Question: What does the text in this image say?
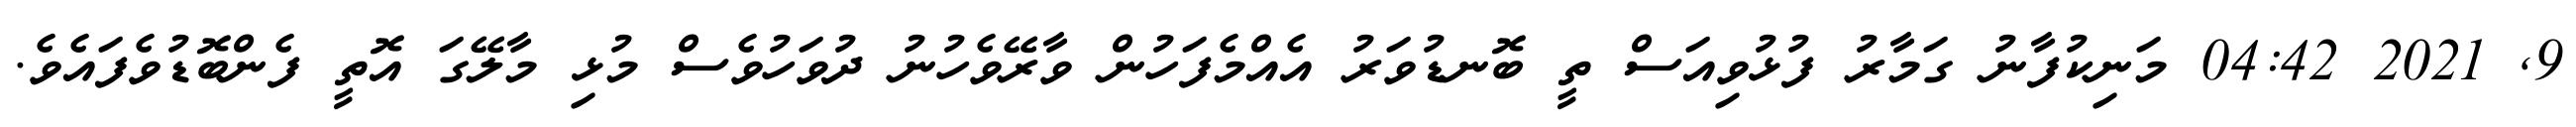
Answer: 9, 2021 04:42 މަނިކުފާނު ގަމާރު ފުޅުވިއަސް ތީ ބޮނޑުވަރު އެއްމެފަހުން ވާރޭވެހުނު ދުވަހުވެސް މުޅި މާލޭގަ އޮތީ ފެންބޮޑުވެފައެވެ.